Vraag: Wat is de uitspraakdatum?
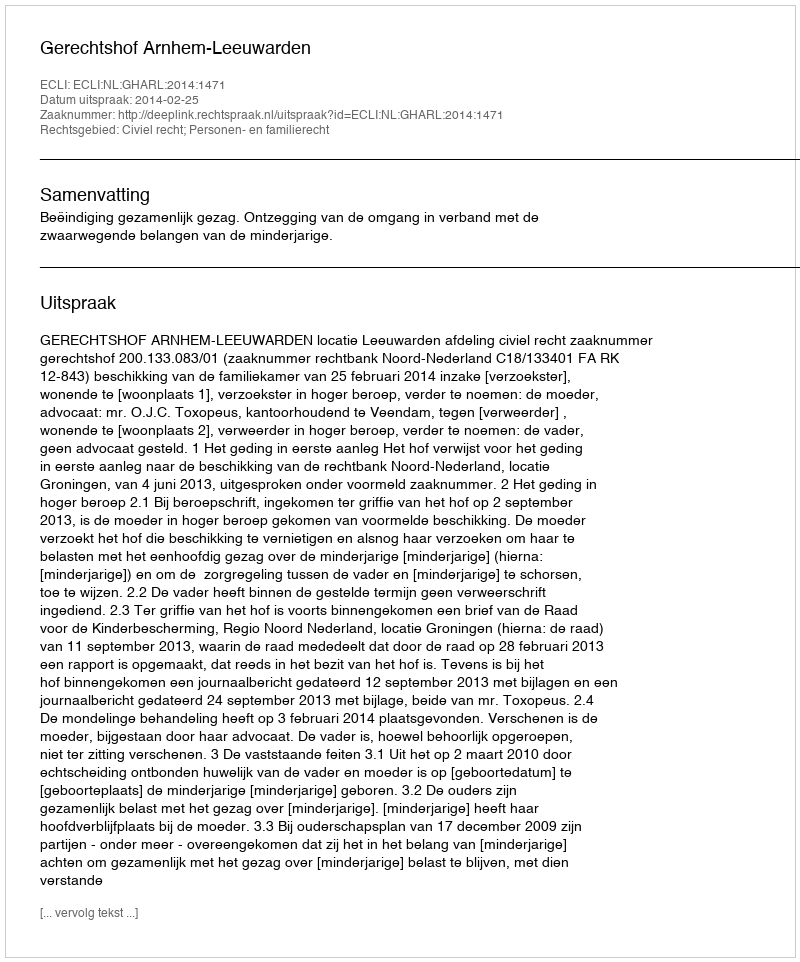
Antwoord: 2014-02-25